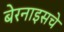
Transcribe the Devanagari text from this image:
बेरनाइसचे